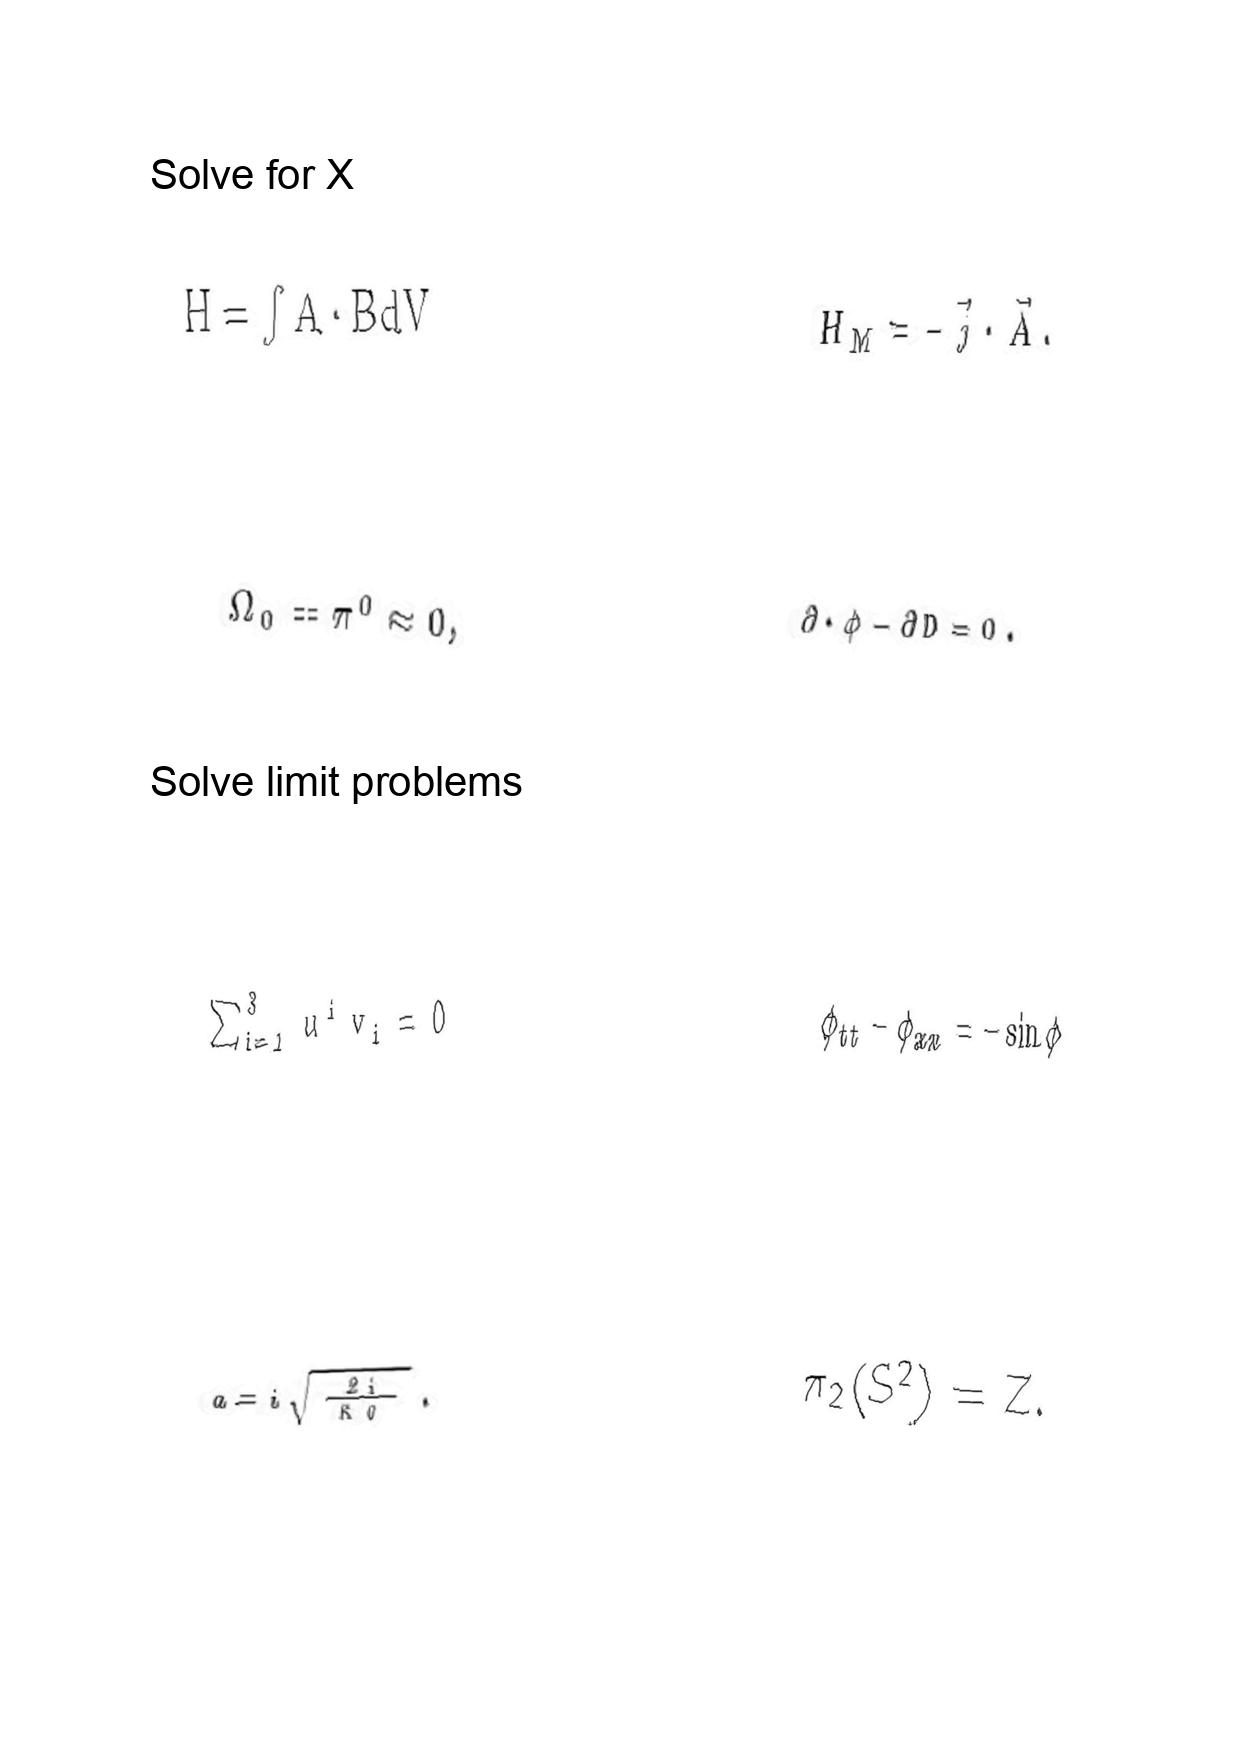
LaTeX transcription:
H = \int A \cdot B d V
\Omega _ { 0 } = \pi ^ { 0 } \approx 0 ,
\sum _ { i = 1 } ^ { 3 } u ^ { i } v _ { i } = 0
a = i \sqrt { \frac { 2 i } { \kappa _ { 0 } } } .
H _ { M } = - \vec { j } \cdot \vec { A } .
\partial \cdot \phi - \partial D = 0 .
\phi _ { t t } - \phi _ { x x } = - \sin \phi
\pi _ { 2 } \lparen S ^ { 2 } \rparen = Z .